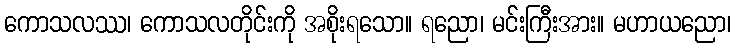
ကောသလဿ၊ ကောသလတိုင်းကို အစိုးရသော။ ရညော၊ မင်းကြီးအား။ မဟာယညော၊